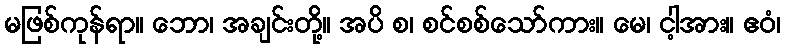
မဖြစ်ကုန်ရာ။ ဘော၊ အချင်းတို့။ အပိ စ၊ စင်စစ်သော်ကား။ မေ၊ ငါ့အား။ ဧဝံ၊